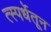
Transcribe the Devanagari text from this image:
त्स्पर्धेतून